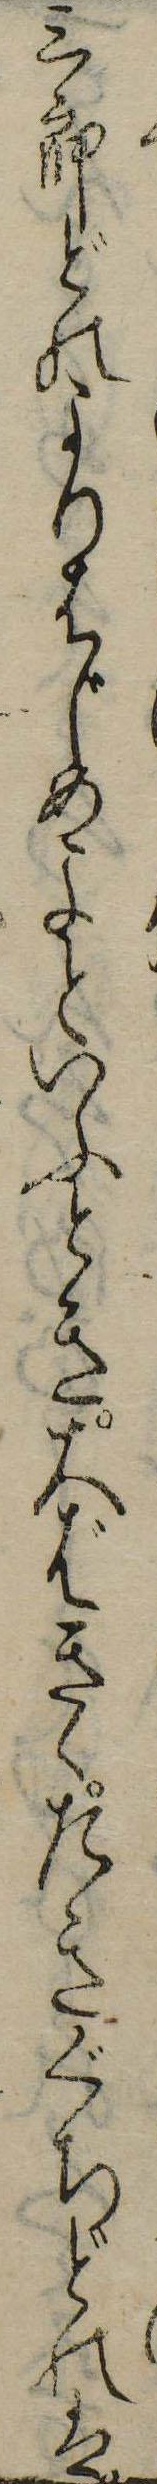
三郎どのよりはじめよといふとき大ばきゝたきぐちどのは